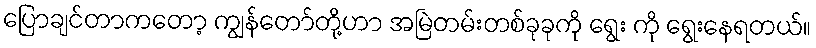
ပြောချင်တာကတော့ ကျွန်တော်တို့ဟာ အမြဲတမ်းတစ်ခုခုကို ရွေး ကို ရွေးနေရတယ်။